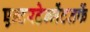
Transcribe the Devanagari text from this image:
एन्टरटेन्मेंटतर्फे